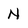
Character: N